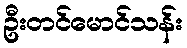
ဦးတင်မောင်သန်း